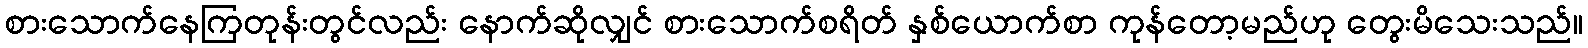
စားသောက်နေကြတုန်းတွင်လည်း နောက်ဆိုလျှင် စားသောက်စရိတ် နှစ်ယောက်စာ ကုန်တော့မည်ဟု တွေးမိသေးသည်။